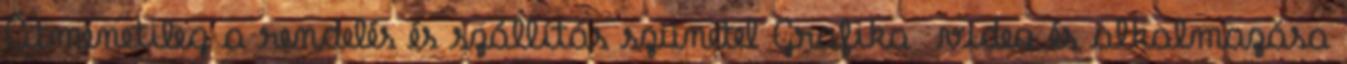
Átmenetileg a rendelés és szállítás szünetel Grafika video és alkalmazása